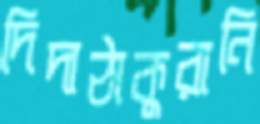
দিদাঠাকুরানি